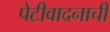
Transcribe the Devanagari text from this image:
पेटीवादनाची